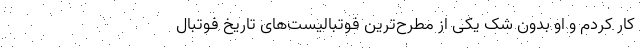
کار کردم و او بدون شک یکی از مطرح‌ترین فوتبالیست‌های تاریخ فوتبال